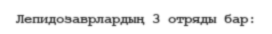
Лепидозаврлардың 3 отряды бар: